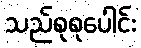
သည်စုစုပေါင်း